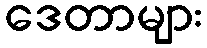
ဒေတာများ